Indian journal of veterinary science and animal husbandry - Volume 6,
Year: 1936
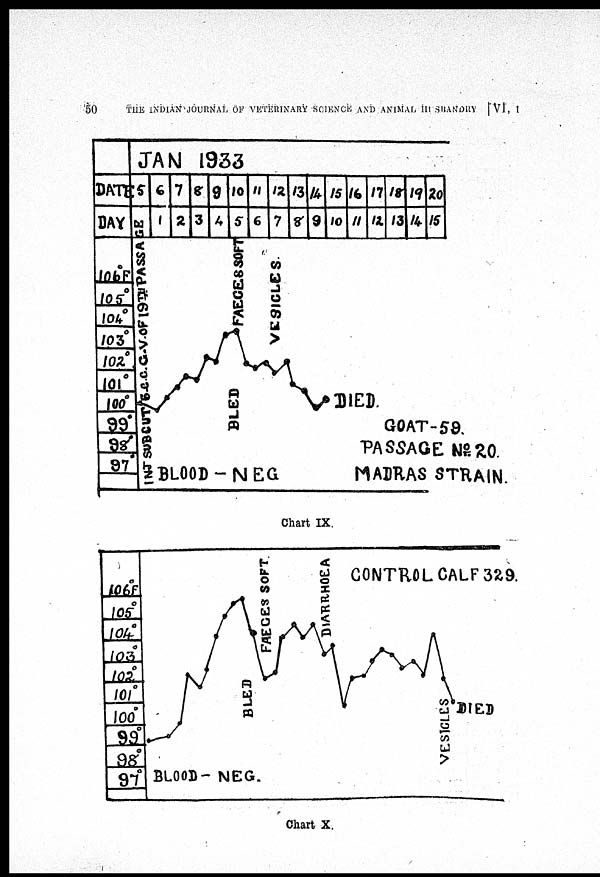
50
THE INDIAN JOURNAL OF VETERINARY SCIENCE AND ANIMAL HUSBANDRY
[VI, I
Chart IX.
Chart X.